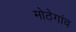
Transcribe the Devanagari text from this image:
मोठेगांव